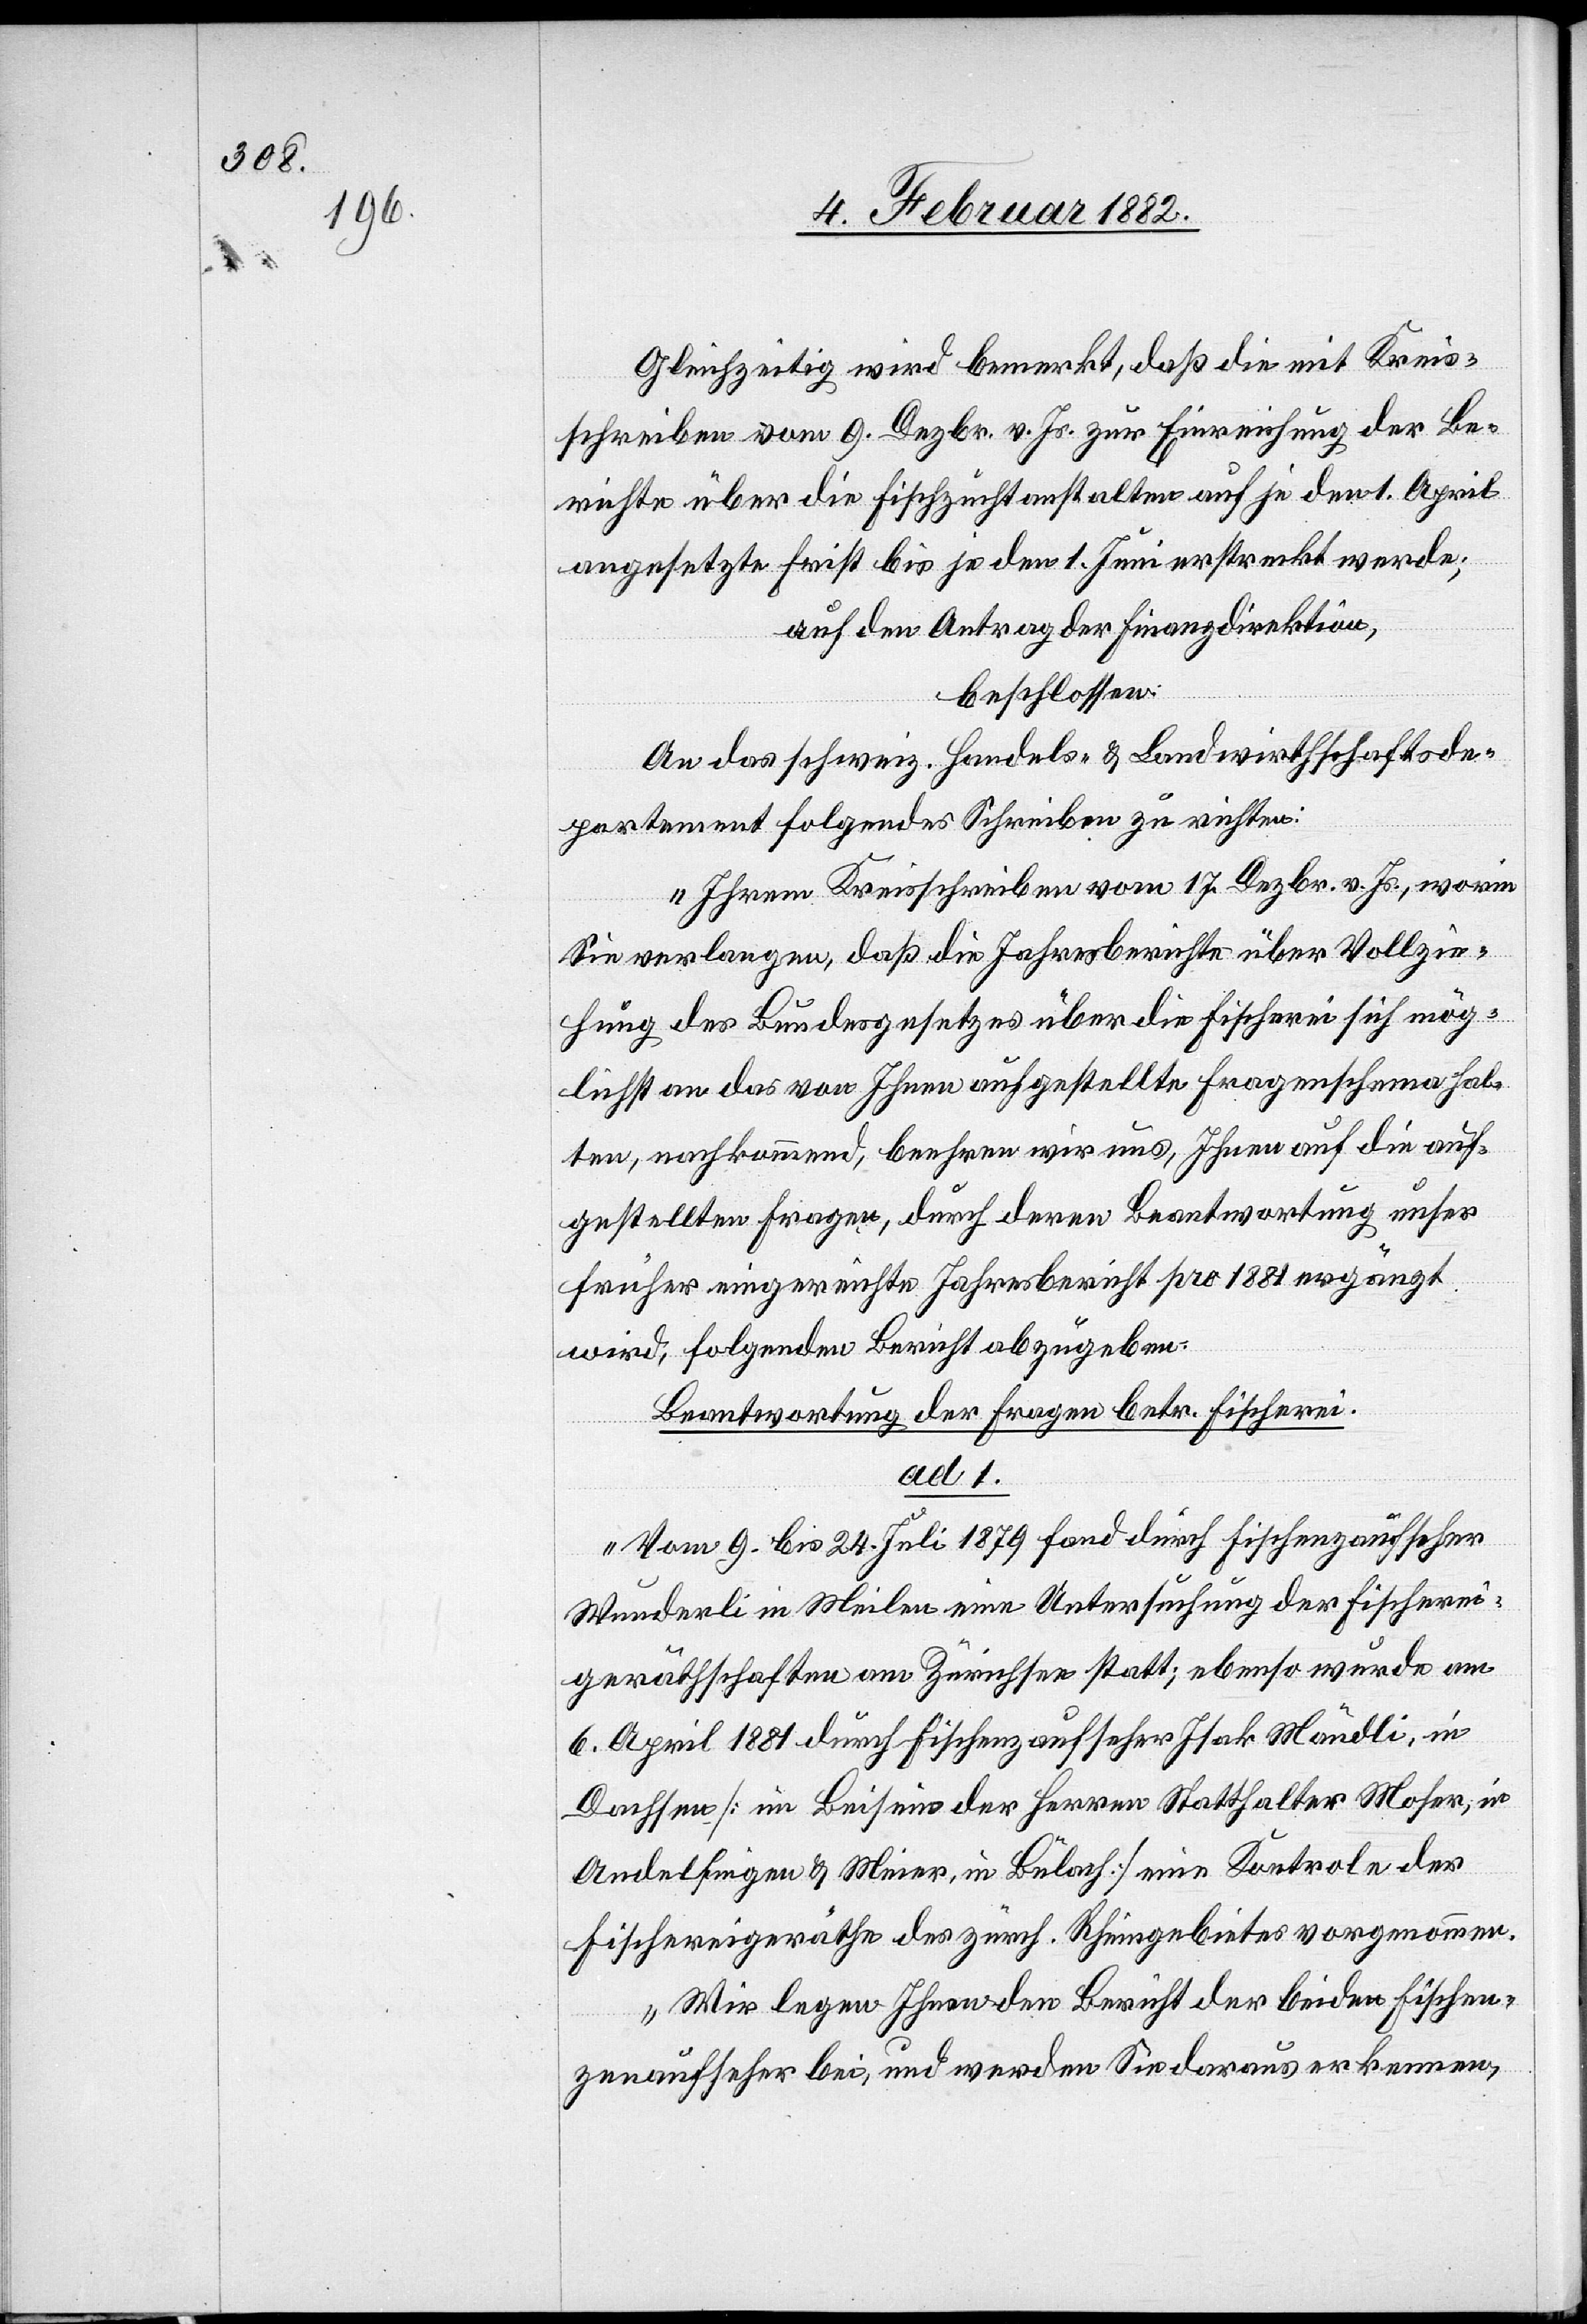
Gleichzeitig wird bemerkt, daß die mit Kreis¬
schreiben vom 9. Dezbr. v. Js. zur Einreichung der Be¬
richte über die Fischzuchtanstalten auf je den 1. April
angesetzte Frist bis je den 1. Juni erstreckt werde;
auf den Antrag der Finanzdirektion,
beschlossen:
An das schweiz. Handels- & Landwirtschaftsde¬
partement folgendes Schreiben zu richten:
„Ihren Kreisschreiben vom 17. Dezbr. v. Js., worin
Sie verlangen, daß die Jahresberichte über Vollzie¬
hung des Bundesgesetzes über die Fischerei sich mög¬
lichst an das von Ihnen aufgestellte Fragenschema hal¬
ten, nachkommend, beehren wir uns, Ihnen auf die auf¬
gestellten Fragen, durch deren Beantwortung unser
früher eingereichte Jahresbericht pro 1881 ergänzt
wird; folgenden Bericht abzugeben:
Beantwortung der Fragen betr. Fischerei.
ad. 1.
„Vom 9. bis 24. Juli 1879 fand durch Fischenzaufseher
Wunderli in Meilen eine Untersuchung der Fischerei¬
geräthschaften am Zürichsee statt; ebenso wurde am
6. April 1881 durch Fischenzenaufseher Isak Mändli, in
Dachsen [im Beisein der Herren Statthalter Moser; in
Andelfingen & Meier, in Bülach] eine Kontrole der
Fischereigeräthe des zürch. Rheingebietes vorgenommen.
Wir legen Ihnen den Bericht der beiden Fischen¬
zenaufseher bei, und werden Sie daraus erkennen,